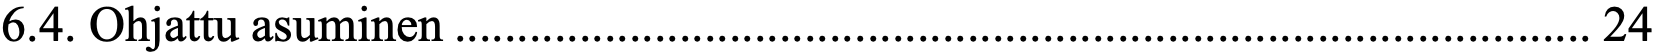
6.4. Ohjattu asuminen ........................................................................................... 24